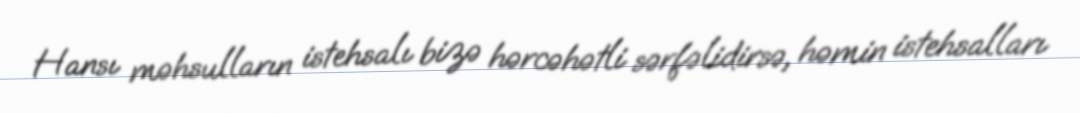
Hansı məhsulların istehsalı bizə hərcəhətli sərfəlidirsə, həmin istehsalları